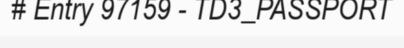
# Entry 97159 - TD3_PASSPORT